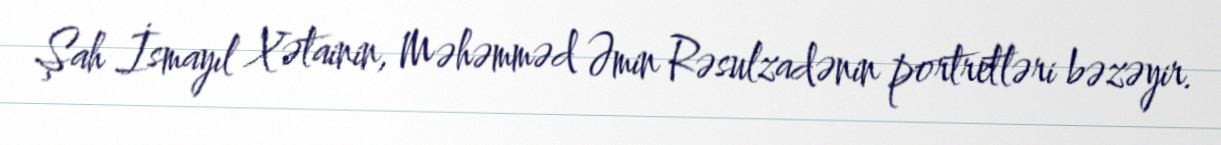
Şah İsmayıl Xətainin, Məhəmməd Əmin Rəsulzadənin portretləri bəzəyir.